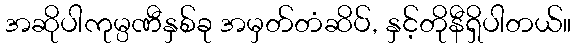
အဆိုပါကုမ္ပဏီနှစ်ခု အမှတ်တံဆိပ်, နှင့်တိုနီရှိပါတယ်။